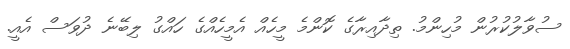
ސުވާލުކުރުން މުހިންމު. ތިދާއިރާގެ ކޮންމެ މީހެއް އެމީހެއްގެ ހައްގު ލިބޭނެ ދުވަސް އެއީ.